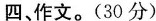
四作文。(30分)